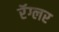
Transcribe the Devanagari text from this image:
रॅग्लर